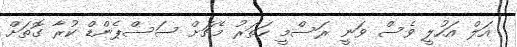
އަލް އަހުލީ ވެސް ވަނީ ރަސްމީ ހަތަރު މެޗަށް ސަސްޕެންޑް ކުރާ ގޮތަށް